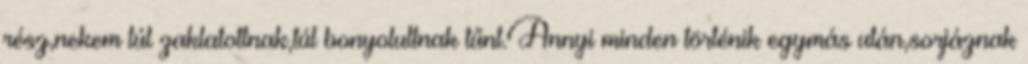
rész,nekem túl zaklatottnak,túl bonyolultnak tűnt.Annyi minden történik egymás után,sorjáznak